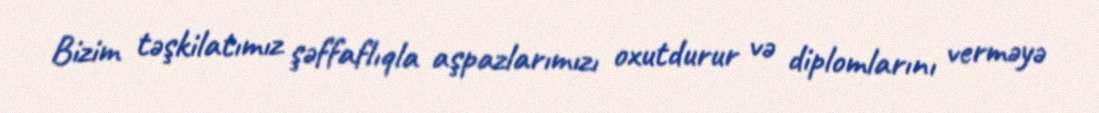
Bizim təşkilatımız şəffaflıqla aşpazlarımızı oxutdurur və diplomlarını verməyə